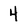
Character: 4